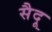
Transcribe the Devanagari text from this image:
सैदू